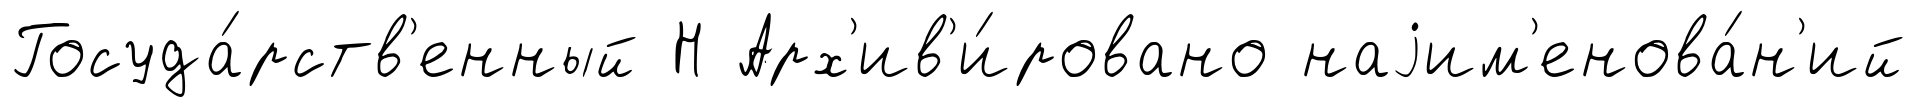
Госуда́рств'енный Н Арх'ив'и́ровано наjим'енова́н'ий